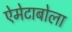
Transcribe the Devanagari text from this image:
ऐमेटाबोला